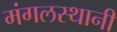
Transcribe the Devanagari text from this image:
मंगलस्थानी